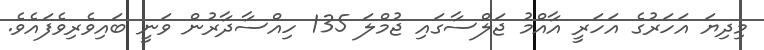
މިދިޔަ އަހަރުގެ އަހަރީ އާއްމު ޖަލްސާގައި ޖުމްލަ 135 ހިއްސާދާރުން ވަނީ ބައިވެރިވެފައެވެ.